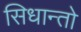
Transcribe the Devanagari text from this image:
सिधान्तो